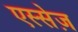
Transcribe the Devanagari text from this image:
एस्सेज़